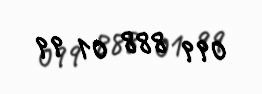
099 888 01 99